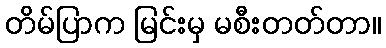
တိမ်ပြာက မြင်းမှ မစီးတတ်တာ။